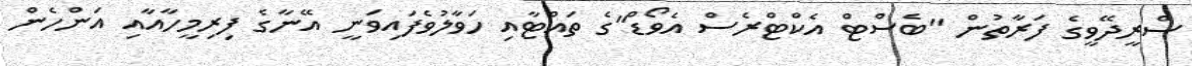
ސްރީދޭވީގެ ފަރާތުން "ބެސްޓް އެކްޓްރެސް އެވޯޑް"ގެ ތައްޓާއި ހަވާލުވެފައިވަނީ އޭނާގެ ފިރިމީހާއާއި އަންހެން